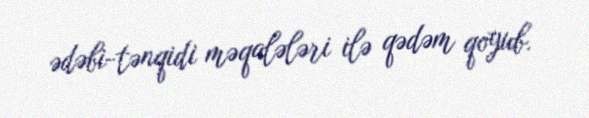
ədəbi-tənqidi məqalələri ilə qədəm qoyub.